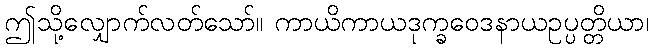
ဤသို့လျှောက်လတ်သော်။ ကာယိကာယဒုက္ခဝေဒနာယဥပ္ပတ္တိယာ၊